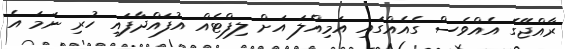
ރާއްޖޭގެ އެއްވެސް ގެއެއްގައި އަމިއްލަ އަށް ލިފްޓެއް އުފައްދާފައި ހުރި ނަމަ އެ